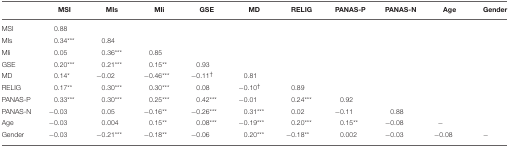
<table><thead><tr><td></td><td><b>MSI</b></td><td><b>MIs</b></td><td><b>MIi</b></td><td><b>GSE</b></td><td><b>MD</b></td><td><b>RELIG</b></td><td><b>PANAS-P</b></td><td><b>PANAS-N</b></td><td><b>Age</b></td><td><b>Gender</b></td></tr></thead><tbody><tr><td>MSI</td><td>0.88</td><td></td><td></td><td></td><td></td><td></td><td></td><td></td><td></td><td></td></tr><tr><td>MIs</td><td>0.34<sup>***</sup></td><td>0.84</td><td></td><td></td><td></td><td></td><td></td><td></td><td></td><td></td></tr><tr><td>MIi</td><td>0.05</td><td>0.36<sup>***</sup></td><td>0.85</td><td></td><td></td><td></td><td></td><td></td><td></td><td></td></tr><tr><td>GSE</td><td>0.20<sup>***</sup></td><td>0.21<sup>***</sup></td><td>0.15<sup>**</sup></td><td>0.93</td><td></td><td></td><td></td><td></td><td></td><td></td></tr><tr><td>MD</td><td>0.14<sup>*</sup></td><td>−0.02</td><td>−0.46<sup>***</sup></td><td>−0.11<sup>†</sup></td><td>0.81</td><td></td><td></td><td></td><td></td><td></td></tr><tr><td>RELIG</td><td>0.17<sup>**</sup></td><td>0.30<sup>***</sup></td><td>0.30<sup>***</sup></td><td>0.08</td><td>−0.10<sup>†</sup></td><td>0.89</td><td></td><td></td><td></td><td></td></tr><tr><td>PANAS−P</td><td>0.33<sup>***</sup></td><td>0.30<sup>***</sup></td><td>0.25<sup>***</sup></td><td>0.42<sup>***</sup></td><td>−0.01</td><td>0.24<sup>***</sup></td><td>0.92</td><td></td><td></td><td></td></tr><tr><td>PANAS−N</td><td>−0.03</td><td>0.05</td><td>−0.16<sup>**</sup></td><td>−0.26<sup>***</sup></td><td>0.31<sup>***</sup></td><td>0.02</td><td>−0.11</td><td>0.88</td><td></td><td></td></tr><tr><td>Age</td><td>−0.03</td><td>0.004</td><td>0.15<sup>**</sup></td><td>0.08<sup>***</sup></td><td>−0.19<sup>***</sup></td><td>0.20<sup>***</sup></td><td>0.15<sup>**</sup></td><td>−0.08</td><td>−</td><td></td></tr><tr><td>Gender</td><td>−0.03</td><td>−0.21<sup>***</sup></td><td>−0.18<sup>**</sup></td><td>−0.06</td><td>0.20<sup>***</sup></td><td>−0.18<sup>**</sup></td><td>0.002</td><td>−0.03</td><td>−0.08</td><td>−</td></tr></tbody></table>